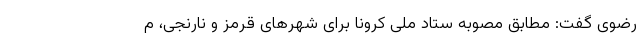
رضوی گفت: مطابق مصوبه ستاد ملی کرونا برای شهرهای قرمز و نارنجی، م